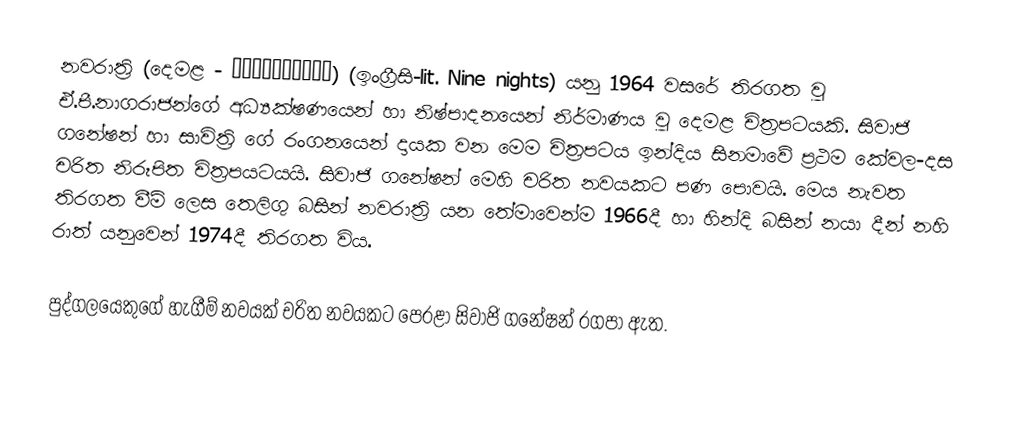
නවරාත්‍රි (දෙමළ - நவராத்திரி) (ඉංග්‍රීසි-lit. Nine nights) යනු 1964 වසරේ තිරගත වූ ඒ.පී.නාගරාජන්ගේ අධ්‍යක්ෂණයෙන් හා නිෂ්පාදනයෙන් නිර්මාණය වූ දෙමළ චිත්‍රපටයකි. සිවාජි ගනේෂන් හා සාවිත්‍රි ගේ රංගනයෙන් දායක වන මෙම චිත්‍රපටය ඉන්දිය සිනමාවේ ප්‍රථම කේවල-දස චරිත නිරූපිත චිත්‍රපයටයයි. සිවාජි ගනේෂන් මෙහි චරිත නවයකට පණ පොවයි. මෙය නැවත තිරගත වීම් ලෙස තෙලිගු බසින් නවරාත්‍රි යන තේමාවෙන්ම 1966දී හා හින්දි බසින් නයා දීන් නහි රාත් යනුවෙන් 1974දී තිරගත විය.

පුද්ගලයෙකුගේ හැගීම් නවයක් චරිත නවයකට පෙරළා සිවාජි ගනේෂන් රගපා ඇත.